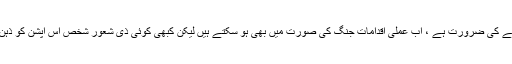
نہیں اس کے لیے ہمارے حکمرانوں کو کچھ عملی اقدامات کرنے کی ضرورت ہے ، اب عملی اقدامات جنگ کی صورت میں بھی ہو سکتے ہیں لیکن کبھی کوئی ذی شعور شخص اس آپشن کو ذہن میں رکھنا تو دور کی بات اس بارے میں سوچ بھی نہیں سکتا۔